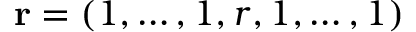
\mathbf { r } = \left( 1 , \ldots , 1 , r , 1 , \ldots , 1 \right)